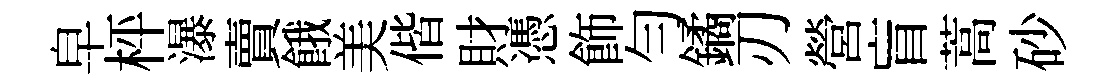
皁枰瀑賣餓美偕財憑飾勻鐍刃營盲蒿砂